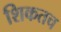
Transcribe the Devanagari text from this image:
शिकतच